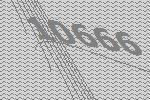
10666